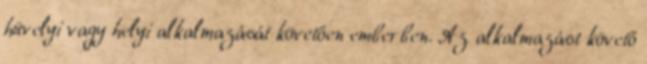
hüvelyi vagy helyi alkalmazását követően emberben. Az alkalmazást követő